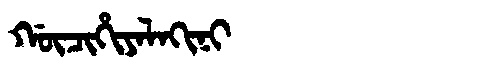
Manchu: ᡤᡡᠴᡳᡥᡳᠶᠠᠯᠠᡴᡳᠨᡳ
Romanization: GŪCIHIYALAKINI